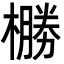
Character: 橳